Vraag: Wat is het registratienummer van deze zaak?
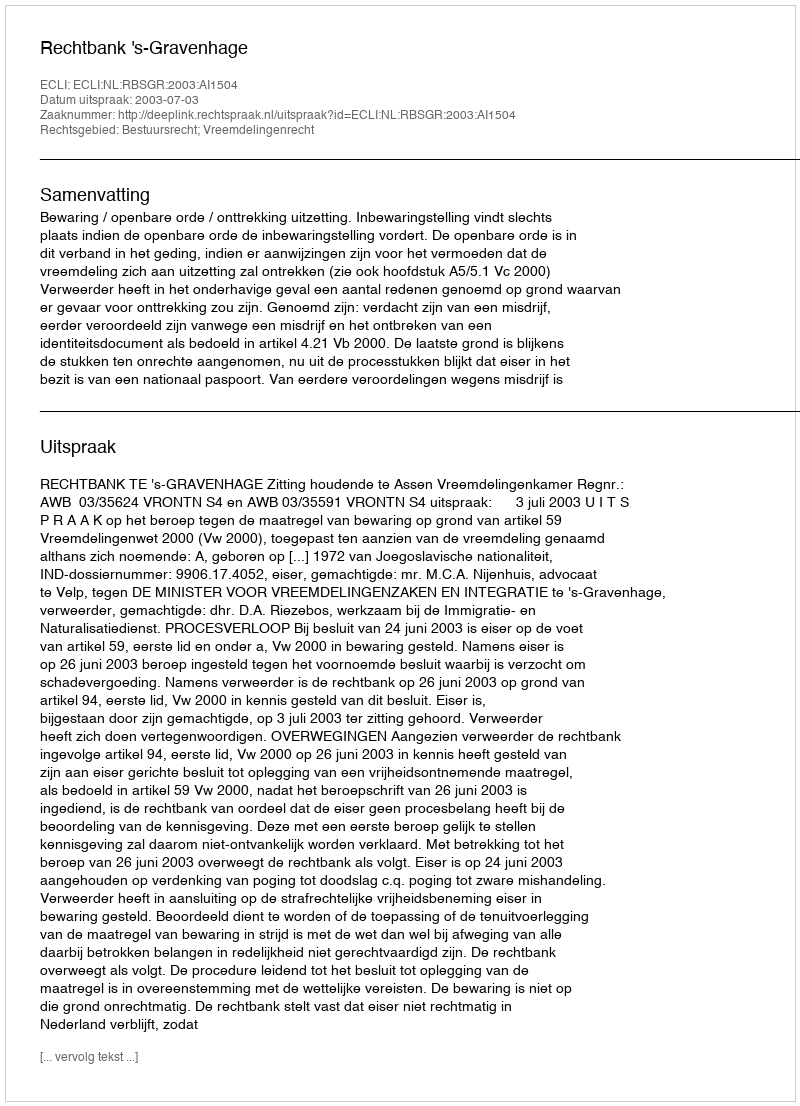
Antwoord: http://deeplink.rechtspraak.nl/uitspraak?id=ECLI:NL:RBSGR:2003:AI1504